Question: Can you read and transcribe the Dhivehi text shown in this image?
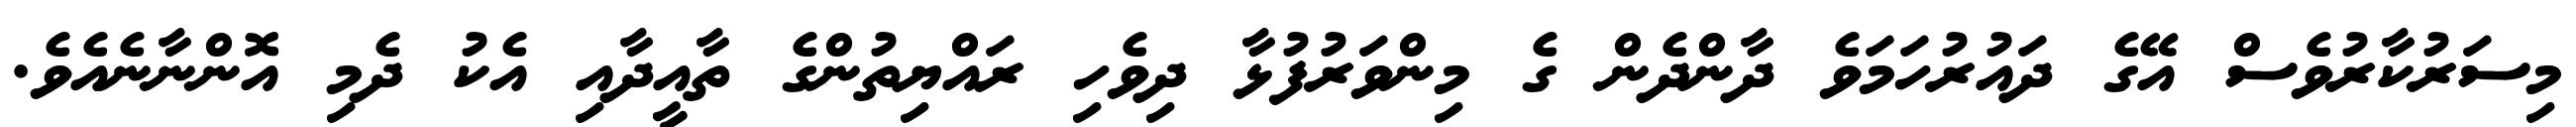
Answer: މިސަރުކާރުވެސް އޭގެ ދައުރުހަމަވެ ދާންދެން ގެ މިންވަރުފުޅާ ދިވެހި ރައްޔިތުންގެ ތާއީދާއި އެކު ދެމި އޮންނާނެއެވެ.